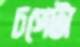
চপেটা